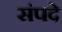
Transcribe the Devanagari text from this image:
संपदे